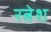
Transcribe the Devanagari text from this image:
रत्नेश